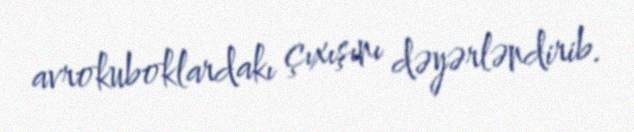
avrokuboklardakı çıxışını dəyərləndirib.